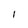
Character: 1